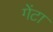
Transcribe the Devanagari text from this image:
गेंटा